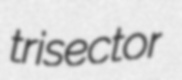
trisector